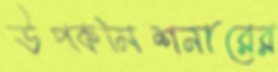
উপকমিশনারের